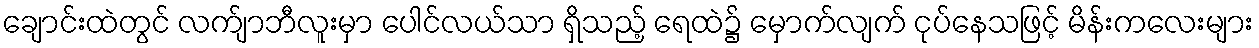
ချောင်းထဲတွင် လက်ျာဘီလူးမှာ ပေါင်လယ်သာ ရှိသည့် ရေထဲ၌ မှောက်လျက် ငုပ်နေသဖြင့် မိန်းကလေးများ